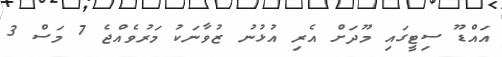
އައްޑޫ ސިޓީގައި މޫދަށް އެރި އުޅުނު ޒުވާނަކު މަރުވެއްޖެ 7 މަސް 3